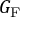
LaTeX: G _ { \mathrm { F } }